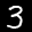
Label: 3